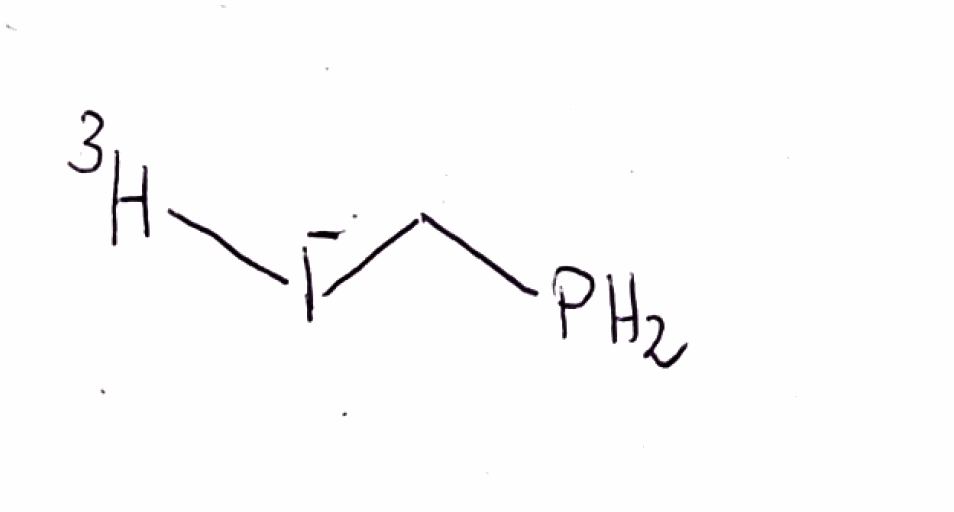
Simplified molecular-input line-entry system (SMILES) notation of the given molecule:
[3H][I-]CP